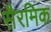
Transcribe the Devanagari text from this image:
सैरमिक